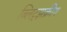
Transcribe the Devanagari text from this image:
ब्लिट्झक्रीग